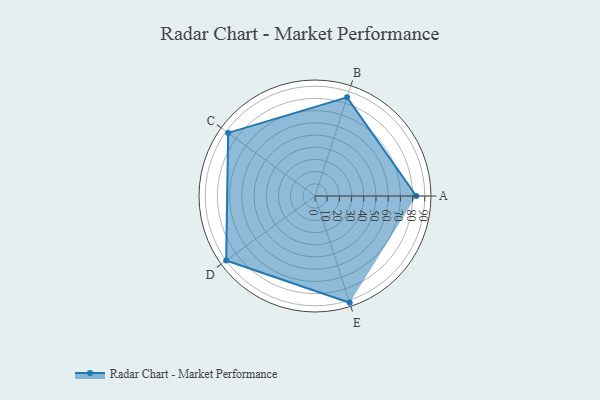
{"axis": {"x": "Skill", "y": "Score"}, "legend": ["Profile"], "data": [{"x": "A", "y": 83.0, "type": "Profile"}, {"x": "B", "y": 85.0, "type": "Profile"}, {"x": "C", "y": 88.0, "type": "Profile"}, {"x": "D", "y": 90.0, "type": "Profile"}, {"x": "E", "y": 92.0, "type": "Profile"}]}